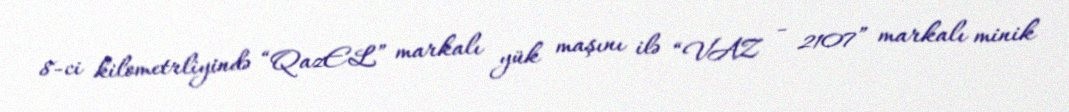
8-ci kilometrliyində “QazEL” markalı yük maşını ilə “VAZ - 2107” markalı minik